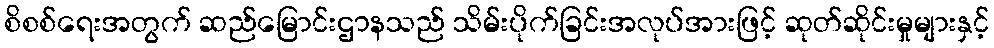
စိစစ်ရေးအတွက် ဆည်မြောင်းဌာနသည် သိမ်းပိုက်ခြင်းအလုပ်အားဖြင့် ဆုတ်ဆိုင်းမှုများနှင့်